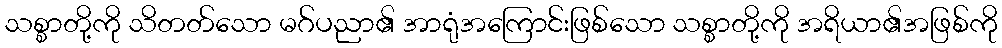
သစ္စာတို့ကို သိတတ်သော မဂ်ပညာ၏ အာရုံအကြောင်းဖြစ်သော သစ္စာတို့ကို အရိယာ၏အဖြစ်ကို